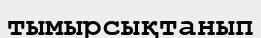
тымырсықтанып